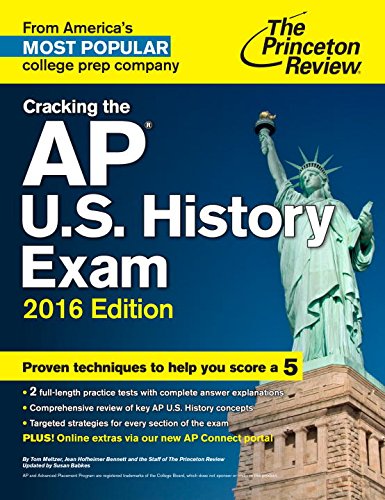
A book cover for Cracking the AP U.S. History Exam, 2016 Edition (College Test Preparation); Princeton Review; Test Preparation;